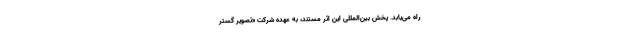
راه می‌یابد. پخش بین‌المللی این اثر مستند، به عهده شرکت «تصویر گستر